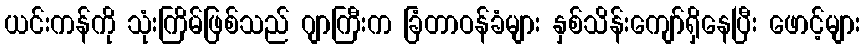
ယင်းကန်ကို သုံးကြိမ်ဖြစ်သည် ဂျာကြီးက ခြံတာဝန်ခံများ နှစ်သိန်းကျော်ရှိနေပြီး ဖောင့်များ